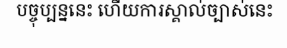
បច្ចុប្បន្ននេះ ហើយការស្គាល់ច្បាស់នេះ